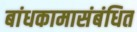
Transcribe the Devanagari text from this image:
बांधकामासंबंधित